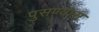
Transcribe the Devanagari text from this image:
पुसण्यास